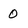
Character: 0